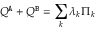
Q ^ { \tt A } + Q ^ { \tt B } = \sum _ { k } \lambda _ { k } \Pi _ { k }